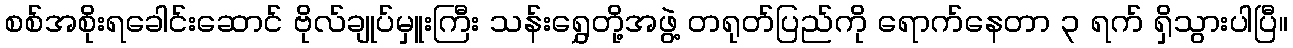
စစ်အစိုးရခေါင်းဆောင် ဗိုလ်ချုပ်မှူးကြီး သန်းရွှေတို့အဖွဲ့ တရုတ်ပြည်ကို ရောက်နေတာ ၃ ရက် ရှိသွားပါပြီ။